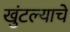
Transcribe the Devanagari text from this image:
खुंटल्याचे